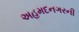
અહમદનગરની